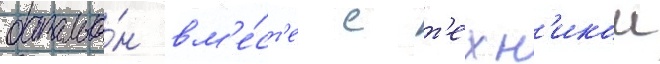
батальо́н вм'е́ст'е с т'ехн'икои